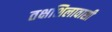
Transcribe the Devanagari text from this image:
तक्षशिलावासी